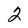
Character: 2